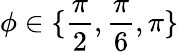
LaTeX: \phi\in\{ \frac{\pi}{2},\frac{\pi}{6},\pi\}